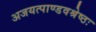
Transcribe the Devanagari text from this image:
अजयत्पाण्डवश्रेष्ठः